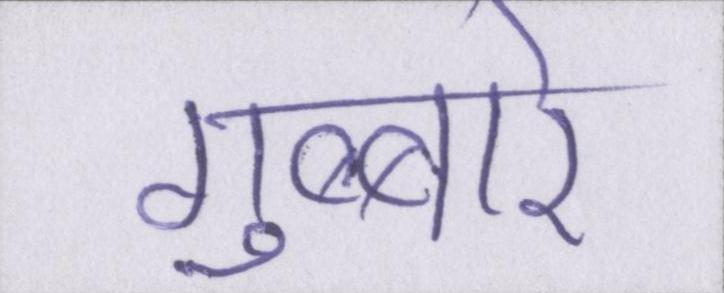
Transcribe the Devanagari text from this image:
गुब्बारे